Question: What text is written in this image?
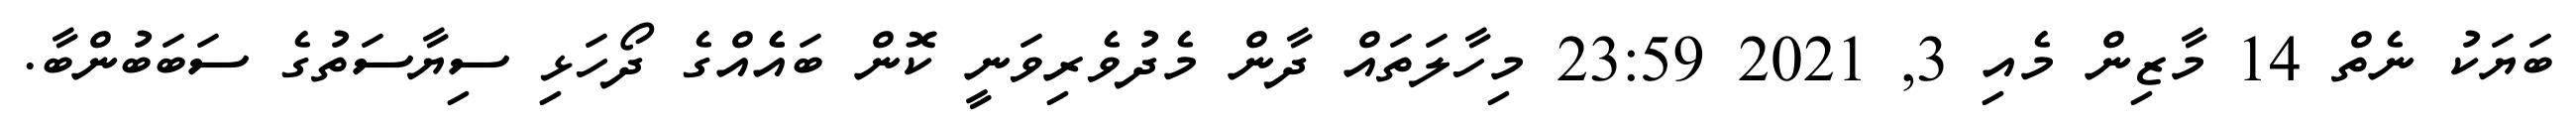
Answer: ބަޔަކު ނެތް 14 މާޒިން މެއި 3, 2021 23:59 މިހާލަތައް ދާން މެދުވެރިވަނީ ކޮން ބައެެއްގެ ދޯހަޅި ސިޔާސަތުގެ ސަބަބުންބާ.